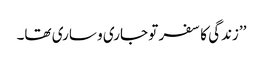
’’زندگی کا سفر تو جاری و ساری تھا۔